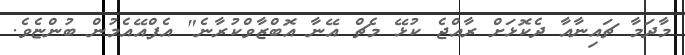
މާދަމާ ޗައިނާއާ ދެކޮޅަށް ރާއްޖެ ކުޅޭ މެޗް އޭނާ އޮބްޒާވްކުރާނެ" އެފްއޭއެމުން ބުންޏެވެ.